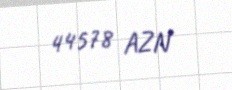
44578 AZN